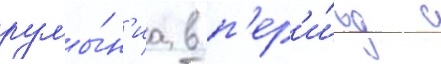
румы́н'иа в п'ер'и́од с